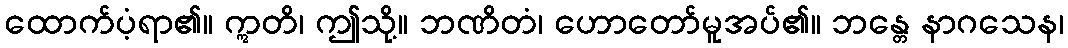
ထောက်ပံ့ရာ၏။ ဣတိ၊ ဤသို့။ ဘဏိတံ၊ ဟောတော်မူအပ်၏။ ဘန္တေ နာဂသေန၊